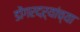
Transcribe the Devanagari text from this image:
डोंगरदऱ्यांच्या